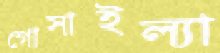
গোসাইল্যা